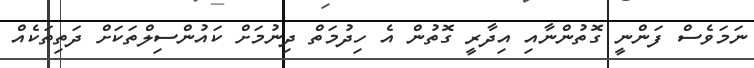
ނަމަވެސް ފަންނީ ގޮތުންނާއި އިދާރީ ގޮތުން އެ ހިދުމަތް ދިނުމަށް ކައުންސިލްތަކަށް ދަތިތަކެއް